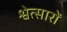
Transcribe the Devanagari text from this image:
श्वेत्सारों